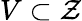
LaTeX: V\subset\mathcal{Z}